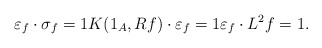
\begin{align*} \varepsilon_f\cdot{}\sigma_f=1 K(1_A,{R}f)\cdot{}\varepsilon_f=1 \varepsilon_f\cdot{}{L}^2{f}=1. \end{align*}